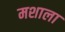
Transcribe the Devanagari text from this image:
मशाला